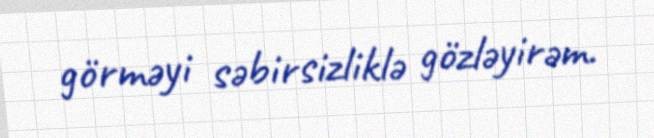
görməyi səbirsizliklə gözləyirəm.